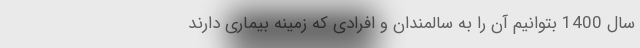
سال 1400 بتوانیم آن را به سالمندان و افرادی که زمینه بیماری دارند